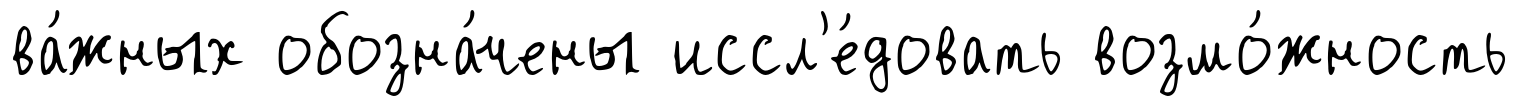
ва́жных обозна́чены иссл'е́довать возмо́жность